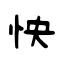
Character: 怏